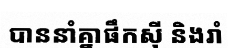
បាននាំគ្នាផឹកស៊ី និងរាំ